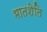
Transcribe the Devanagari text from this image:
भातशेति